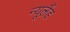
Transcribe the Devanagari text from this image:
न्‍यूलैंड